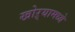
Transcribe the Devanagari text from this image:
खोऱ्यामध्ये